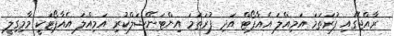
ރާއްޖޭގައި ފުރަތަމަ އަމިއްލަ އެއާޕޯޓް އަދި ފުރަތަމަ އިންޓަނޭޝަލްކުރި އަމިއްލަ އެއާޕޯޓަކީ މާމިގިލީ